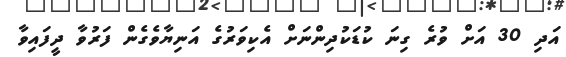
އަދި 30 އަށް ވުރެ ގިނަ ކުޑަކުދިންނަށް އެކިވަރުގެ އަނިޔާވެގެން ފަރުވާ ދީފައިވާ